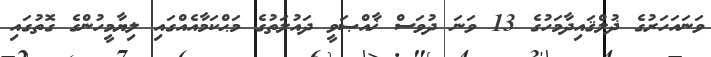
ވަނައަހަރުގެ ޛުލްޤައިދާމަހުގެ 13 ވަނަ ދުވަސް ޚާއްޞަވީ ދައުލަތުގެ މަޙްކަމާއެއްގައި ލިޔާމީހުންގެ ގޮތުގައި